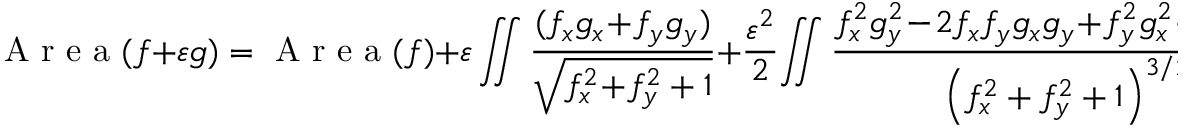
\mathrm { ~ A ~ r ~ e ~ a ~ } ( f + \varepsilon g ) = \mathrm { ~ A ~ r ~ e ~ a ~ } ( f ) + \varepsilon \iint \frac { ( f _ { x } g _ { x } \! + \! f _ { y } g _ { y } ) } { \sqrt { f _ { x } ^ { 2 } \! + \! f _ { y } ^ { 2 } + 1 } } + \frac { \varepsilon ^ { 2 } } 2 \! \iint \frac { f _ { x } ^ { 2 } g _ { y } ^ { 2 } \! - \! 2 f _ { x } f _ { y } g _ { x } g _ { y } \! + \! f _ { y } ^ { 2 } g _ { x } ^ { 2 } \! + \! g _ { x } ^ { 2 } \! + \! g _ { y } ^ { 2 } } { \left( f _ { x } ^ { 2 } + f _ { y } ^ { 2 } + 1 \right) ^ { 3 / 2 } } + O \big ( \varepsilon ^ { 3 } \big ) ,